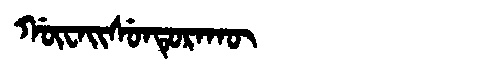
Manchu: ᡤᡡᠸᠠᡳᠰᡠᠨᡨᡠᡵᠠᡴᡡ
Romanization: GŪWAISUNTURAKŪ